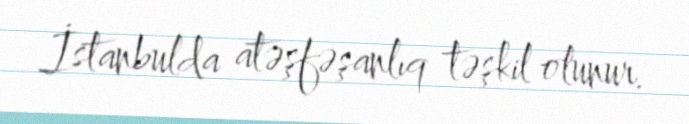
İstanbulda atəşfəşanlıq təşkil olunur.